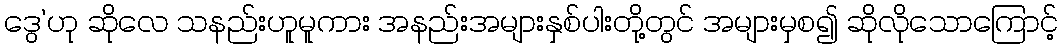
ဒွေ’ဟု ဆိုလေ သနည်းဟူမူကား အနည်းအများနှစ်ပါးတို့တွင် အများမှစ၍ ဆိုလိုသောကြောင့်